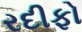
રદીફો